Calcutta medical institutions reports 1871-78
Year: 1871
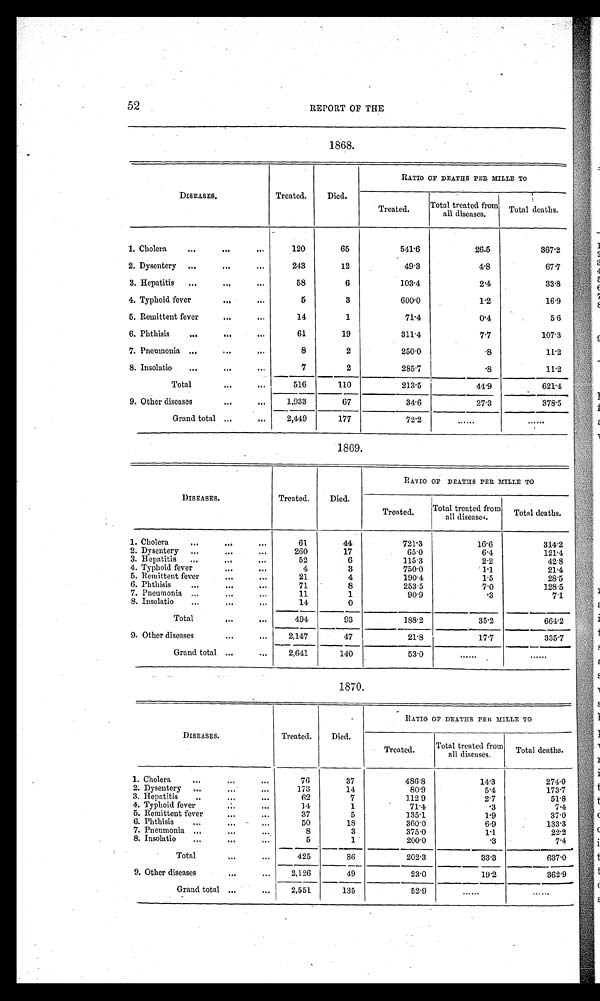
52
REPORT OF THE
1868.
DISEASES.
Treated.
Died.
RATIO OF DEATHS PER MILLE TO
Treated.
Total treated from
all diseases.
Total deaths.
1. Cholera
. . .
...
. . .
120
65
541.6
26.5
3 6 7 . 2
2. Dysentery
...
. . .
. . .
243
12
49.3
4.8
6 7 . 7
3. Hepatitis
. . .
...
...
58
6
103.4
2.4
33.8
4. Typhoid fever
...
...
5
3
600.0
1.2
16.9
5. Remittent fever
...
...
14
1
7 1 . 4
0 . 4
5.6
6. Phthisis
...
. . .
. . .
61
19
311.4
7.7
107.3
7. Pneumonia
. . .
. . .
. . .
8
2
250.0
.8
11.2
8. Insolatio
...
..
. . .
7
2
285.7
.8
11.2
T o t a l
...
. . .
5 1 6
110
213.5
44.9
621.4
9. Other diseases
. . .
...
1,933
67
34.6
27.3
378.5
Grand total ...
...
2,449
177
72.2 ......
. . . . . .
1869.
DISEASES.
Treated.
Died.
R A T I I O O P D E A T H S P E T M I L L E T O
Treated.
Total treated from
all diseases.
Total deaths.
1. Cholera
,..
...
...
61
44
721.3
16.6
314.2
2. Dysentery
_
...
..0
260
17
65.0
6.4
121.4
3. Hepatitis
...
. . .
. . .
52
6
115.3
2.2
42.8
4. Typhoid fever
. . .
....
4
3
750.0
1.1
21.4
5. Remittent fever
...
21
4
190.4
1.5
28.5
6. Phthisis
_
. . .
. . .
71
. . .
8
253.5
7.0
128.5
7. Pneumonia ...
...
...
11
1
9 0 . 9
. 3
7.1
8. Insolatio
,
..•
14
0
Total
....
...
494
93
188.2
35.2
664.2
9. Other diseases
...I
...
2,147
47
21.8
17.7
335.7
Grand total ...
„,
2,641
140
53.0
......
......
1870.
DISEASES.
Treated.
Died.
RATIO OF DEATHS PER MILLE TO
Treated.
Total treated from
all diseases.
Total deaths.
1. Cholera
...
...
...
76
37
486.8
14.3
274.0
2. Dysentery
.. .
173
14
80.9
5.4
173.7
3. Hepatitis
. . .
„.
62
7
112 9
2.7
51.8
4. Typhoid fever
.
....
..,
34
1
71.4
.3
7.4
5. Remittent fever
. . .
. . .
37
5
135.1
1.9
37.0
6. Phthisis
.
. . .
50
18
360.0
6.9
133.3
7. Pneumonia
,,
. . .
8
3
375.0
1.1
22.2
8. Insolatio
...
...
. . .
...
5
-
1 . . .
-
200.0
.3
7.4
-_-•
Total
...
425
86
202.3
33.3
637.0
9. Other diseases
. . .
. . .
,1:26
49
23.0
19.2
362.9
Grand total ...
...
2,551
135
52.9
......
....